Note on the mental hospitals in Burma - 1925-1940
Year: 1925
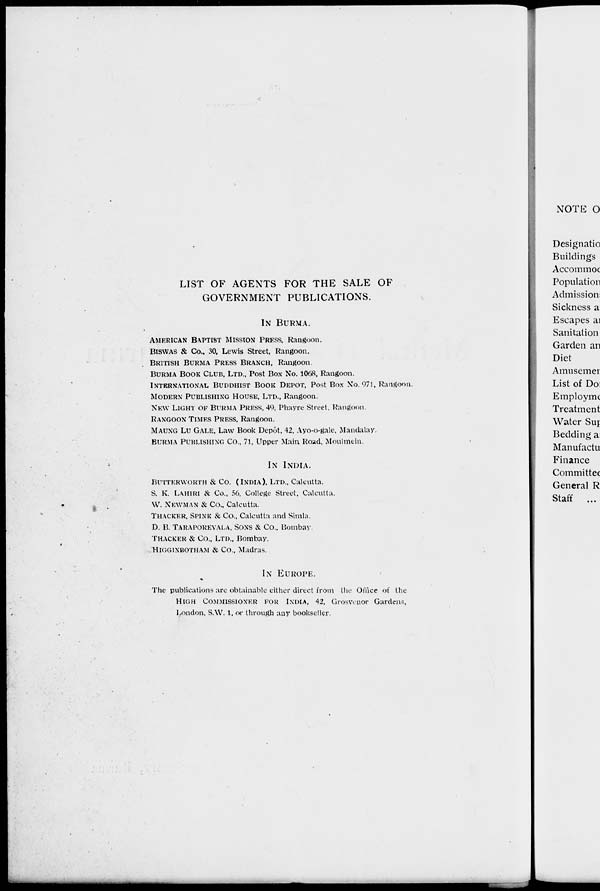
LIST OF AGENTS FOR THE SALE OF
GOVERNMENT PUBLICATIONS.
IN BURMA.
AMERICAN BAPTIST MISSION PRESS, Rangoon.
BISWAS & Co., 30, Lewis Street, Rangoon.
BRITISH BURMA PRESS BRANCH, Rangoon.
BURMA BOOK CLUB, LTD., Post Box No. 1068, Rangoon.
INTERNATIONAL BUDDHIST BOOK DEPOT, Post Box No. 971, Rangoon.
MODERN PUBLISHING HOUSE, LTD., Rangoon.
NEW LIGHT OF BURMA PRESS, 49. Phayre Street. Rangoon.
RANGOON TIMES PRESS, Rangoon.
MAUNG LU GALE, Law Book Depôt, 42, Ayo-o-gale, Mandalay.
BURMA PUBLISHING Co., 71, Upper Main Road, Moulmein.
IN INDIA.
BUTTERWORTH & Co. (INDIA), LTD., Calcutta.
S. K. LAHIRI & Co., 56, College Street, Calcutta.
W. NEWMAN & Co., Calcutta.
THACKER, SPINK & Co., Calcutta and Simla.
D. B. TARAPOREVALA, SONS & Co., Bombay.
THACKER & Co., LTD., Bombay.
HIGGINBOTHAM & Co., Madras.
IN EUROPE.
The publications are obtainable either direct from the Office of the
HIGH COMMISSIONER FOR INDIA, 42, Grosvenor Gardens,
London, S.W. 1, or through any bookseller.